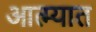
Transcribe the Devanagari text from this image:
आत्म्यात